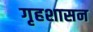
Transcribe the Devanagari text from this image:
गृहशासन